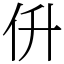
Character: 㐼